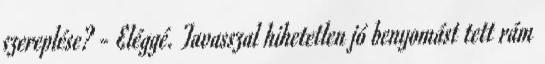
szereplése? - Eléggé. Tavasszal hihetetlen jó benyomást tett rám